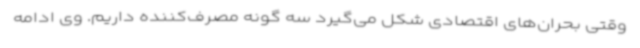
وقتی بحران‌های اقتصادی شکل می‌گیرد سه گونه مصرف‌کننده داریم. وی ادامه